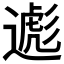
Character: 𬩃